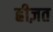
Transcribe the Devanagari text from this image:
ह्रीज़त